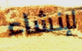
لإنشاء